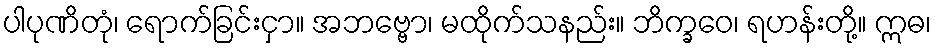
ပါပုဏိတုံ၊ ရောက်ခြင်းငှာ။ အဘဗ္ဗော၊ မထိုက်သနည်း။ ဘိက္ခဝေ၊ ရဟန်းတို့။ ဣဓ၊